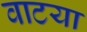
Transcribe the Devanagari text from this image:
वाटया